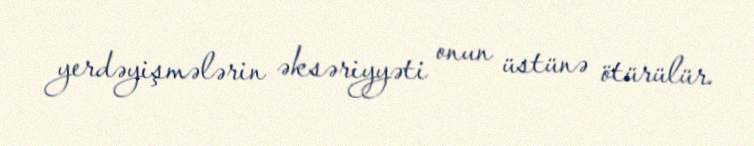
yerdəyişmələrin əksəriyyəti onun üstünə ötürülür.